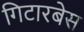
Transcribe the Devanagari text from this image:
गिटारबेस